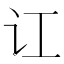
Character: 讧